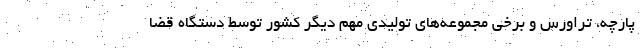
پارچه، تراورس و برخی مجموعه‌های تولیدی مهم دیگر کشور توسط دستگاه قضا